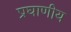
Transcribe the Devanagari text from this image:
प्रघाणीय